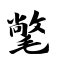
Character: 氅